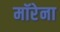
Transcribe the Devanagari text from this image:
मॉरेना